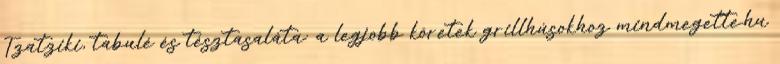
Tzatziki, tabulé és tésztasaláta: a legjobb köretek grillhúsokhoz mindmegette.hu